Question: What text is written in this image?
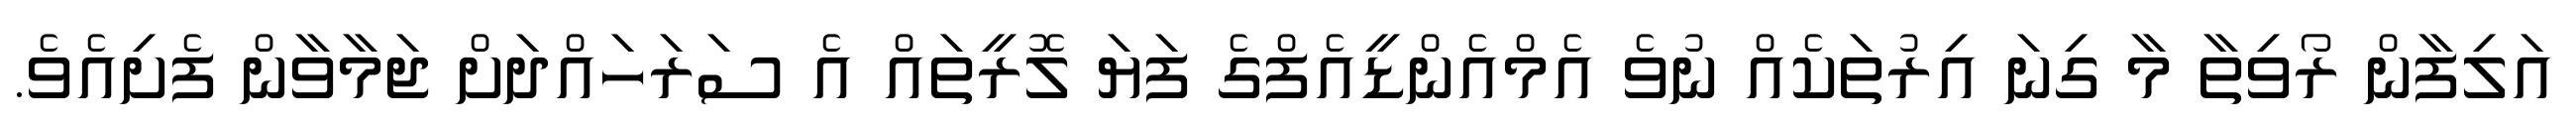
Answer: އަލިފާން ރޯވިތާ މާ ގިނަ އިރުތަކެއް ނުވެ އެމްއެންޑީއެފްގެ ފަޔަ ލޮރީތައް އެ ސަރަހައްދަށް ޖަމާވާން ފެށިއެވެ.